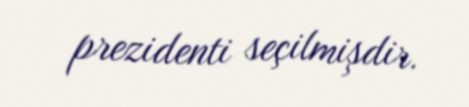
prezidenti seçilmişdir.